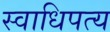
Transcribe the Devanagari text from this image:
स्वाधिपत्य